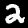
Digit: 2